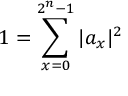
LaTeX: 1 = \sum _ { x = 0 } ^ { 2 ^ { n } - 1 } | a _ { x } | ^ { 2 }